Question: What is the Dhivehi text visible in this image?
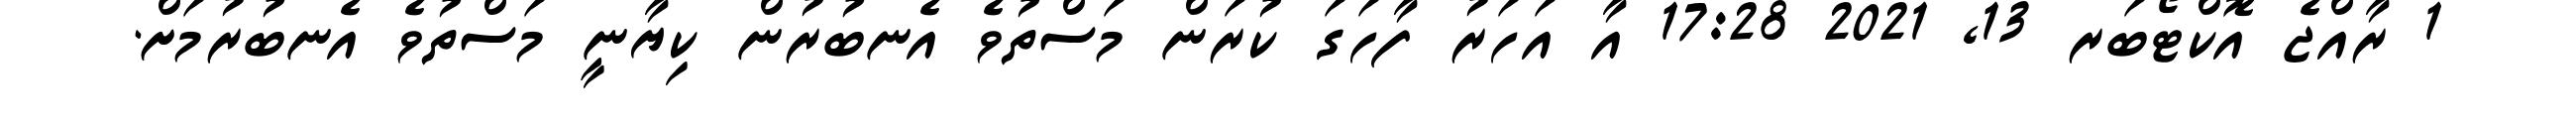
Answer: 1 ރާއްޖެ އޮކްޓޯބަރ 13, 2021 17:28 އާ އަހަރު ފާހަގަ ކުރަން މަސްތުވެ އެނބުރުން ކިޔާނީ މަސްތުވެ އެނބުރުމަށް.